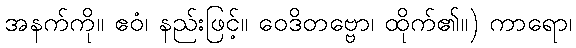
အနက်ကို။ ဧဝံ၊ နည်းဖြင့်။ ဝေဒိတဗ္ဗော၊ ထိုက်၏။) ကာရော၊